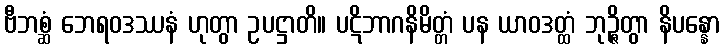
ဗီဘစ္ဆံ ဘေရဝဒဿနံ ဟုတွာ ဥပဋ္ဌာတိ။ ပဋိဘာဂနိမိတ္တံ ပန ယာဝဒတ္ထံ ဘုဉ္ဇိတွာ နိပန္နော